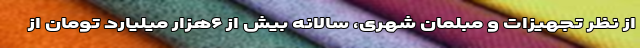
از نظر تجهیزات و مبلمان شهری، سالانه بیش از ۶هزار میلیارد تومان از